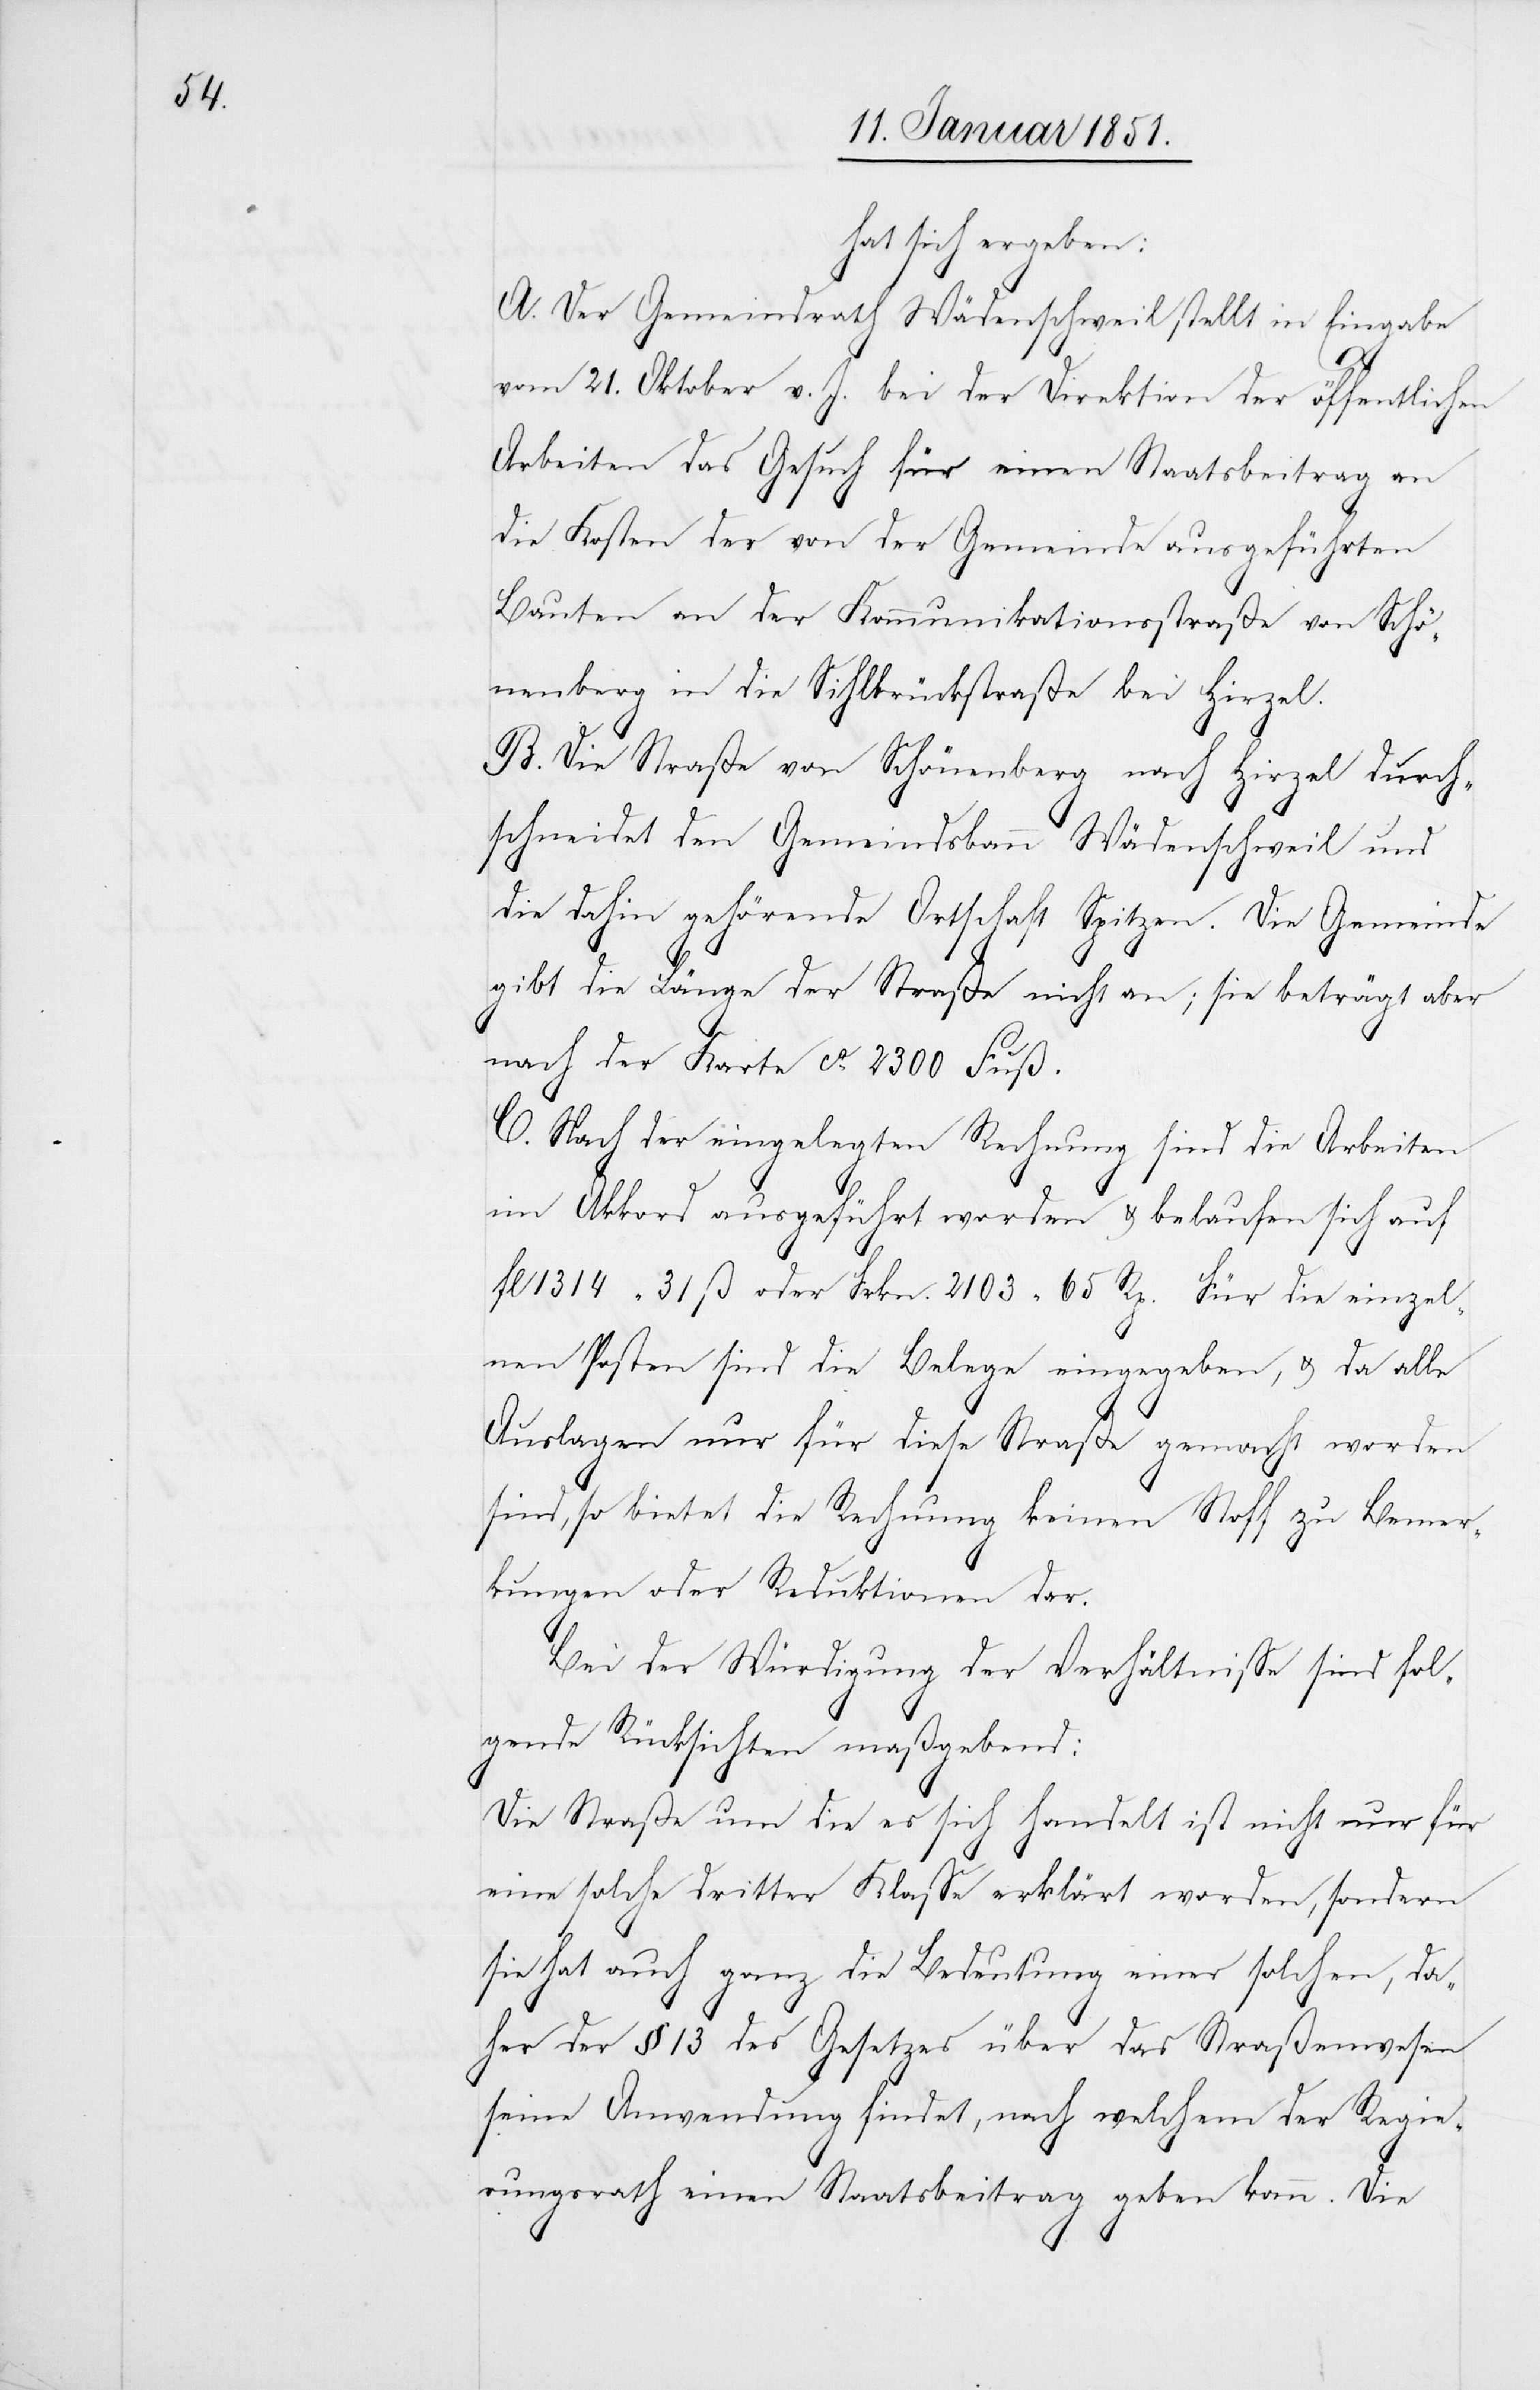
hat sich ergeben:
A. Der Gemeindrath Wädenschweil stellt in Eingabe
vom 21. Oktober v. J. bei der Direktion der öffentlichen
Arbeiten das Gesuch für einen Staatsbeitrag an
die Kosten der von der Gemeinde ausgeführten
Bauten an der Kommunikationsstraße von Schö¬
nenberg in die Sihlbrückstraße bei Hirzel.
B. Die Straße von Schönenberg nach Hirzel durch¬
schneidet den Gemeindsbann Wädenschweil und
die dahin gehörende Ortschaft Spitzen. Die Gemeinde
gibt die Länge der Straße nicht an; sie beträgt aber
nach der Karte ca. 2300 Fuß.
C. Nach der eingelegten Rechnung sind die Arbeiten
im Akkord ausgeführt worden & belaufen sich auf
fl. 1314 31 ß. oder Frkn. 2103 65 Rp. Für die einzel¬
nen Posten sind die Belege eingegeben, & da alle
Auslagen nur für diese Straße gemacht worden
sind, so bietet die Rechnung keinen Stoff zu Bemer¬
kungen oder Reduktionen dar.
Bei der Würdigung der Verhältnisse sind fol¬
gende Rücksichten maßgebend:
Die Straße um die es sich handelt ist nicht nur für
eine solche dritter Klasse erklärt worden, sondern
sie hat auch ganz die Bedeutung einer solchen, da¬
her der § 13 des Gesetzes über das Straßenwesen
seine Anwendung findet, nach welchem der Regie¬
rungsrath einen Staatsbeitrag geben kann. Die